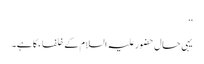
‘‘
یہی حال حضورعلیہ السلام کے خلفاء کا ہے۔